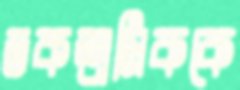
ডকশ্রমিককে